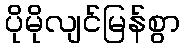
ပိုမိုလျင်မြန်စွာ